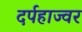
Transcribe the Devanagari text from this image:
दर्पहाज्वर